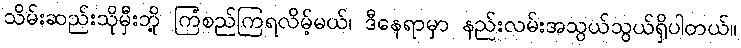
သိမ်းဆည်းသိုမှီးဘို့ ကြံစည်ကြရလိမ့်မယ်၊ ဒီနေရာမှာ နည်းလမ်းအသွယ်သွယ်ရှိပါတယ်။